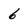
Character: 6